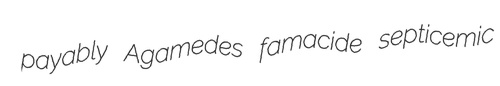
payably Agamedes famacide septicemic